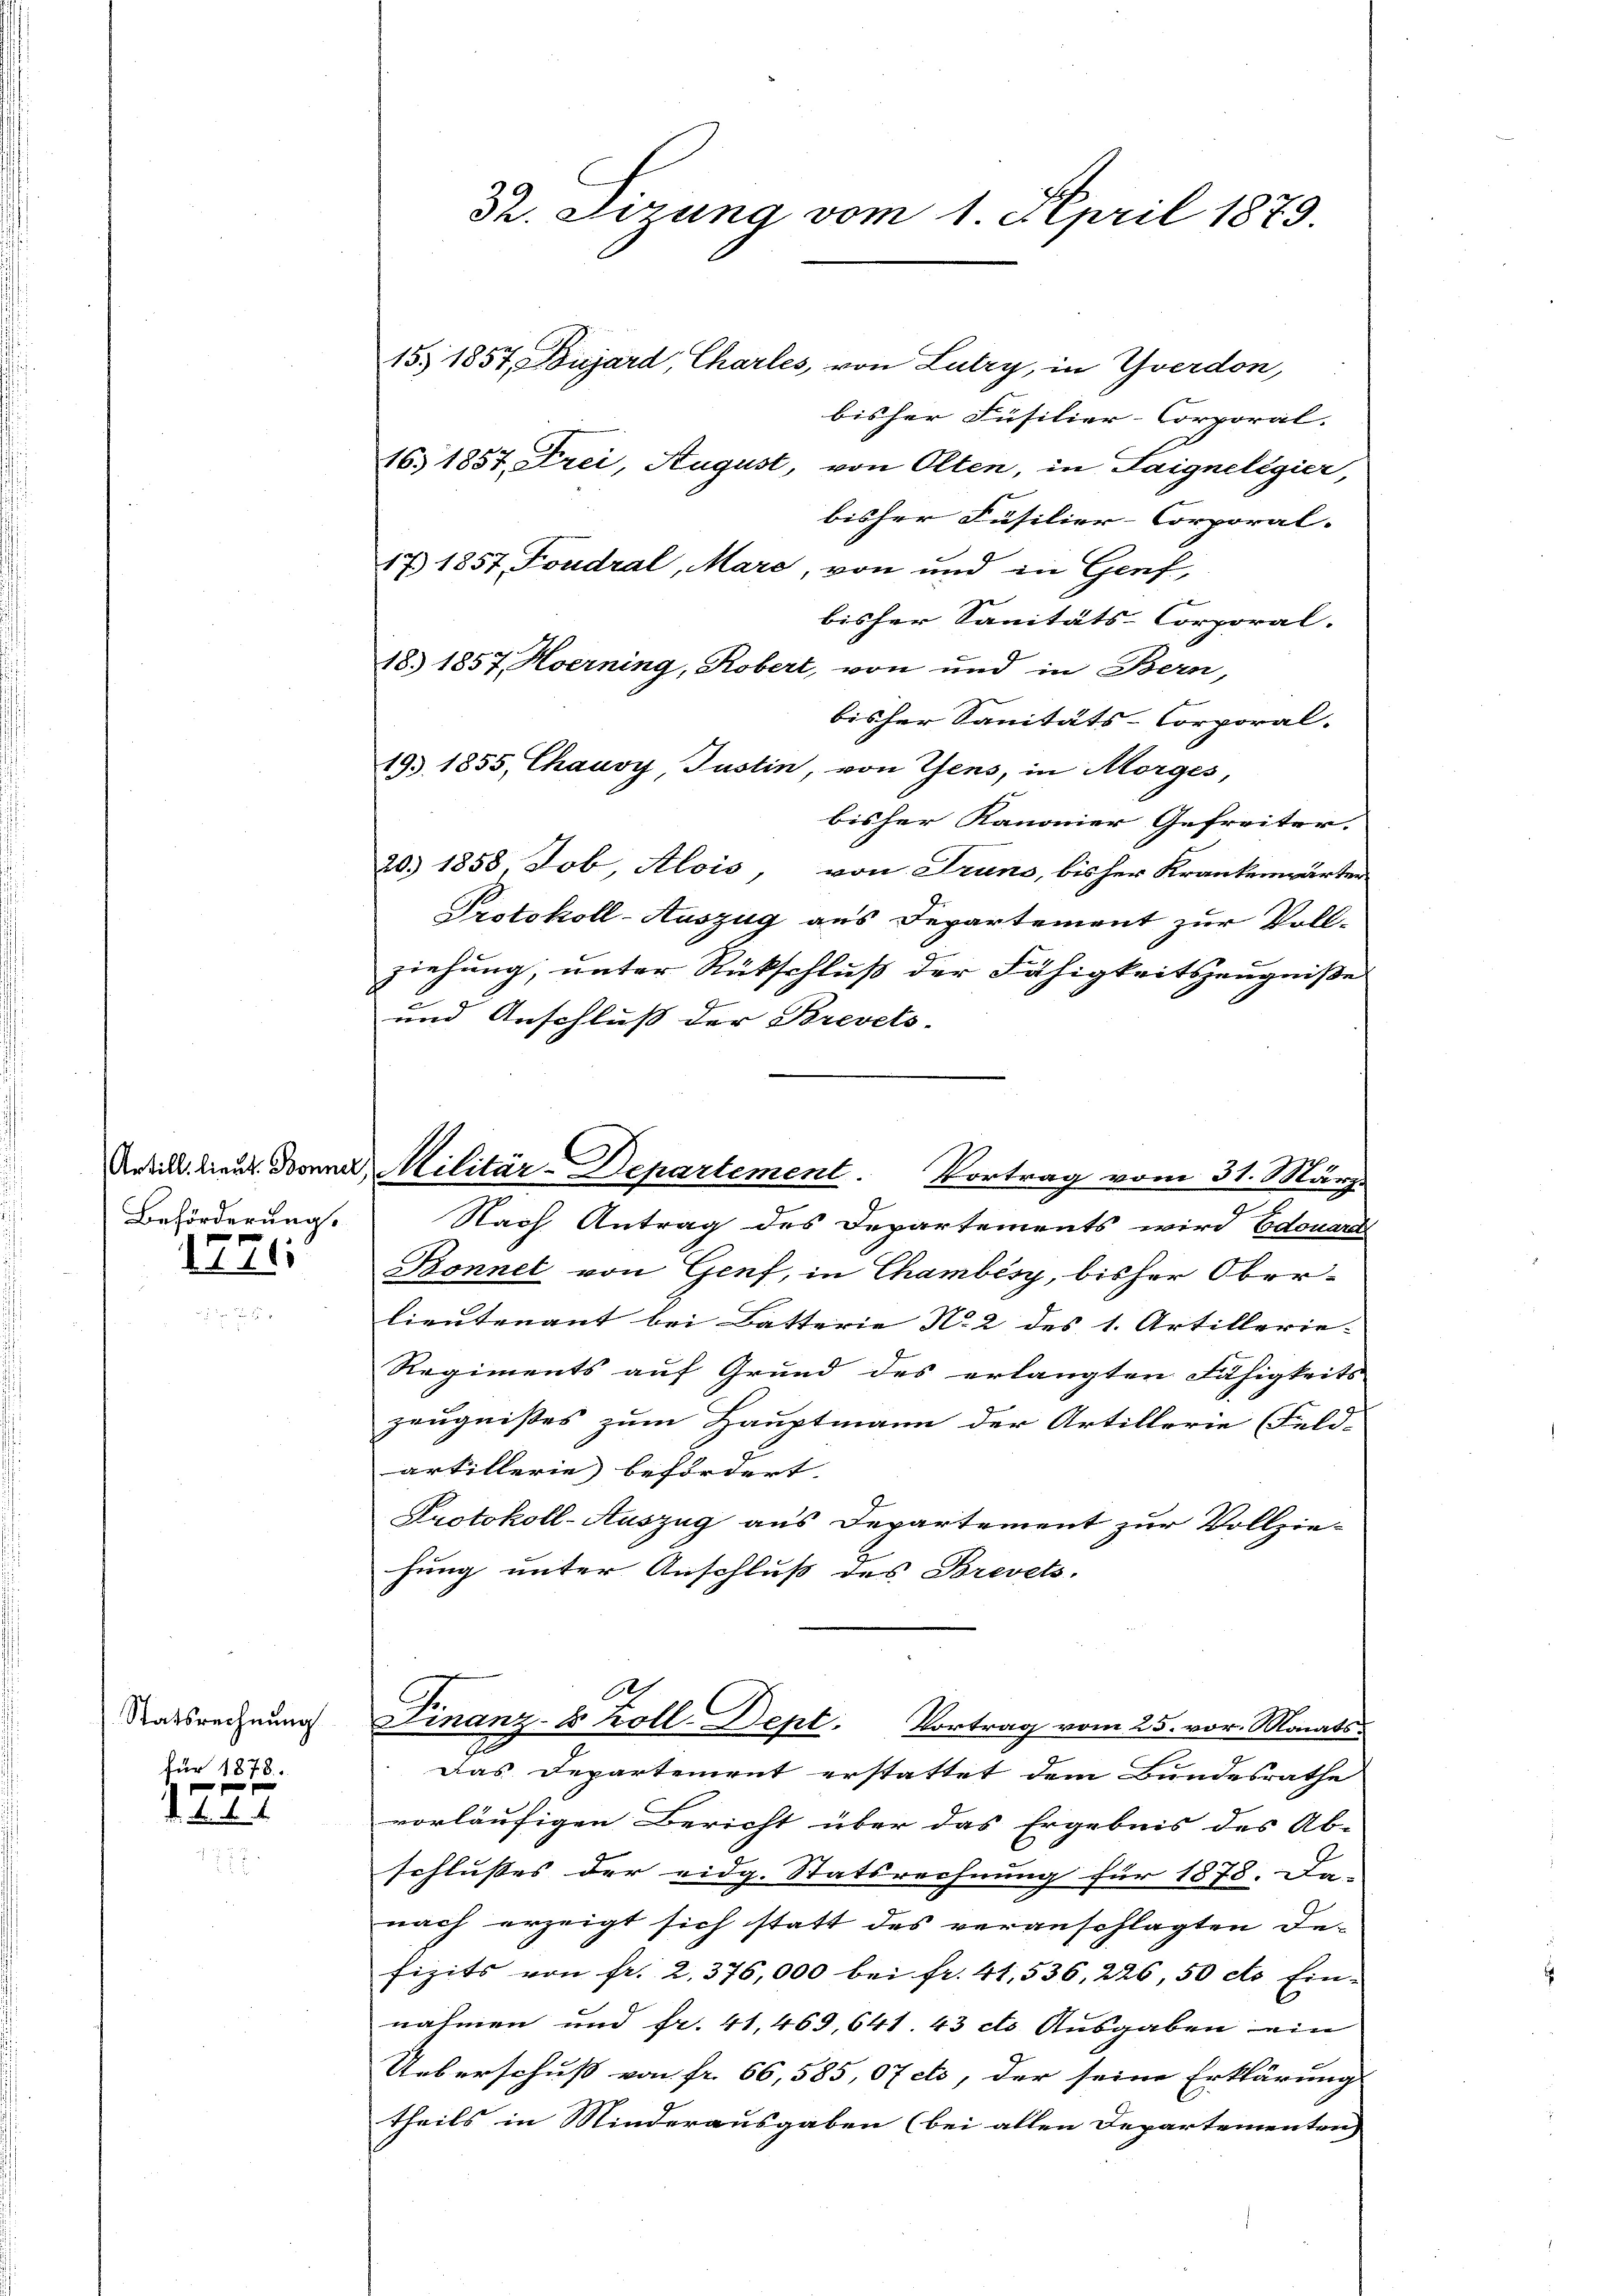
Beförderung.

1771.

Statsrechnung
für 1878.

1777

Dr. dirung vom 1. April 1873.
15. 1857, Bujard, Charles, von Lutry, in Yverdon,

Artill lieut. Donna Militär-Departement. Vortrag vom 31. März

bisher Füsilier-Corporal.
16. 1857, Frei, August, von Olten, in Saigneligier,
bisher Füsilier-Corporal.
17 1857 Foudral, Mare, von und in Genf,
bisher Sanitäts-Corporal.
18. 1857, Hoerning, Robert, von und in Bern,
bisher Sanitäts-Corporal.
195, 1855, Chauvy, Justin, von Gens, in Morges,
bisher Kanonier Gefreiter.
20.) 1858, Job, Alois, von Truno, bisher Krankenwärter
Protokoll-Auszug aus Departement zur Vollziehung, unter Rückschluß der Fähigkeitszeugniße
und Anschluß der Brevets-
Nach Antrag des Departements wird Edouard
Bonnel von Genf, in Chambésy, bisher Oberlieutenant bei Batterie No 2 des 1. Artillerie-
Regiments auf Grund des erlangten Fähigkeits
zeugnisses zum Hauptmann der Artillerie (Feld-
artillerie befördert.
Protokoll-Auszug aus Departement zur Vollziehung unter Anschluß des Brevets.
Finanz-8 Koll-Dept. Vortrag vom 25. vor. Monats-
Das Departement erstattet dem Bundesrathe
vorläufigen Bericht über das Ergebnis des Ab-
schlusses der eidg. Statsrechnung für 1878. Da- |
nach erzeigt sich statt des veranschlagten Defizits von fr. 2. 376,000 bei fr. 41536, 226, 50 cts. Ein-
nahmen und fr. 41, 469, 641. 43 cts. Ausgaben ein
Ueberschuß von fr. 66,585, 07 cts, der seine Erklärung
theils in Minderausgaben (bei allen Departementen